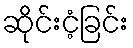
ဆိုင်းငံ့ခြင်း